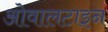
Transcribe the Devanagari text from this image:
ओवालटाइन